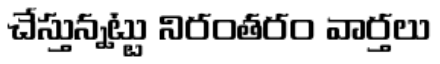
చేస్తున్నట్టు నిరంతరం వార్తలు